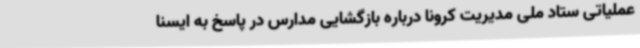
عملیاتی ستاد ملی مدیریت کرونا درباره بازگشایی مدارس در پاسخ به ایسنا